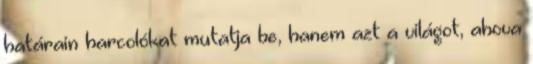
határain harcolókat mutatja be, hanem azt a világot, ahova